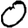
Digit: 0